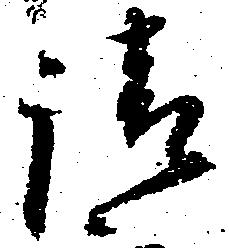
請